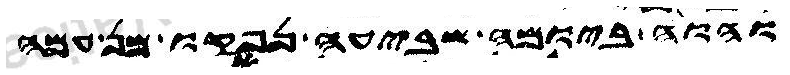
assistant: והוה ביומה שביעה נפקו מן עמה